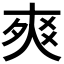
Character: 𤕡